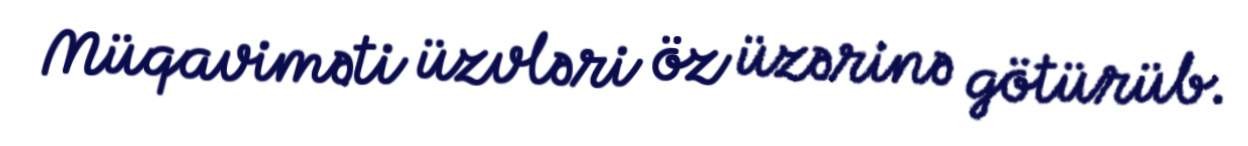
Müqaviməti üzvləri öz üzərinə götürüb.